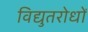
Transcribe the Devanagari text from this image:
विद्युतरोधों